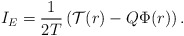
\begin{align*}I_E=\frac{1}{2 T}\left(\mathcal{T}(r)- Q \Phi(r) \right).\end{align*}